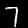
Digit: 7